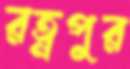
রত্নপুর